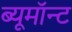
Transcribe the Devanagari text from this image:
ब्यूमॉन्ट